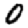
Digit: 0